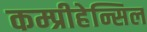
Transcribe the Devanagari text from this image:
कम्प्रीहेन्सिल